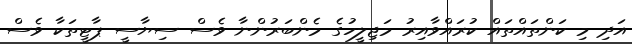
އަދި މި ކަންތައްތައް ކުރައްވާއިރު މަޖިލީހުގެ މެންބަރުންނާ ވެސް ސިޔާސީ ޕާޓީތަކާ ވެސް